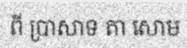
ពី ប្រាសាទ តា សោម